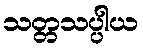
သတ္တသပ္ပါယ